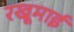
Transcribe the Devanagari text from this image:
रखूमाई